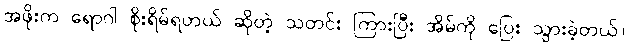
အဖိုးက ရောဂါ စိုးရိမ်ရတယ် ဆိုတဲ့ သတင်း ကြားပြီး အိမ်ကို ပြေး သွားခဲ့တယ်။